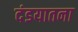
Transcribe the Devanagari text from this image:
दंडयातना